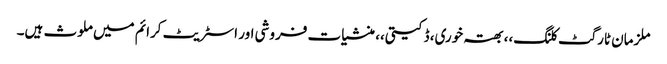
ملزمان ٹارگٹ کلنگ،، بھتہ خوری، ڈکیتی،، منشیات فروشی اور اسٹریٹ کرائم میں ملوث ہیں۔